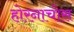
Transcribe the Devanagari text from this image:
होरनाचोस